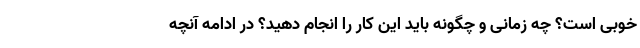
خوبی است؟ چه زمانی و چگونه باید این کار را انجام دهید؟ در ادامه آنچه